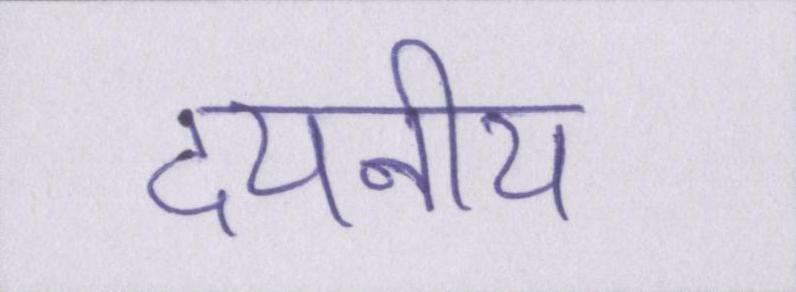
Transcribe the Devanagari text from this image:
दयनीय